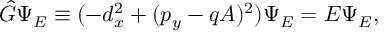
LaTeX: { \hat { G } } \Psi _ { E } \equiv ( - d _ { x } ^ { 2 } + ( p _ { y } - q A ) ^ { 2 } ) \Psi _ { E } = E \Psi _ { E } ,